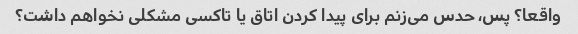
واقعا؟ پس، حدس می‌زنم برای پیدا کردن اتاق یا تاکسی مشکلی نخواهم داشت؟